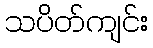
သပိတ်ကျင်း